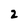
Character: 2